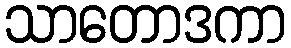
သာတောဒကာ